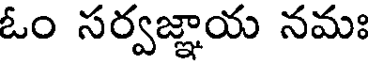
ఓం సర్వజ్ఞాయ నమః